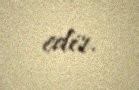
edir.